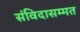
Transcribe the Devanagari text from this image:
संविदासम्मत